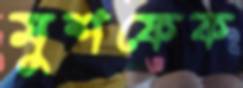
মুশফেক